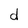
Character: d